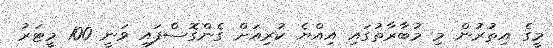
މީގެ އިތުރުން މި މުބާރާތުގައި އިއްޔެ ކުރިއަށް ގެންގޮސްފައި ވަނީ 100 މީޓަރު